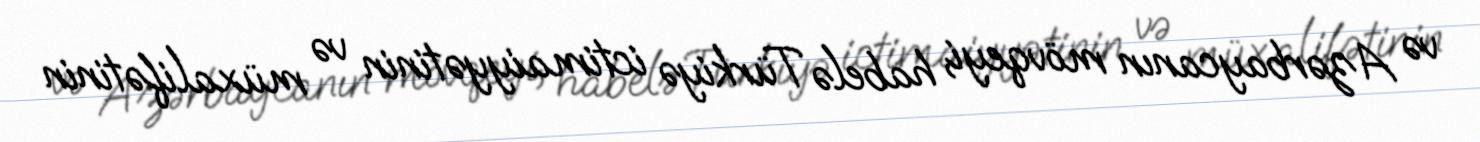
və Azərbaycanın mövqeyi, habelə Türkiyə ictimaiyyətinin və müxalifətinin